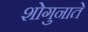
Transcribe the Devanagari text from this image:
शोगुनाते